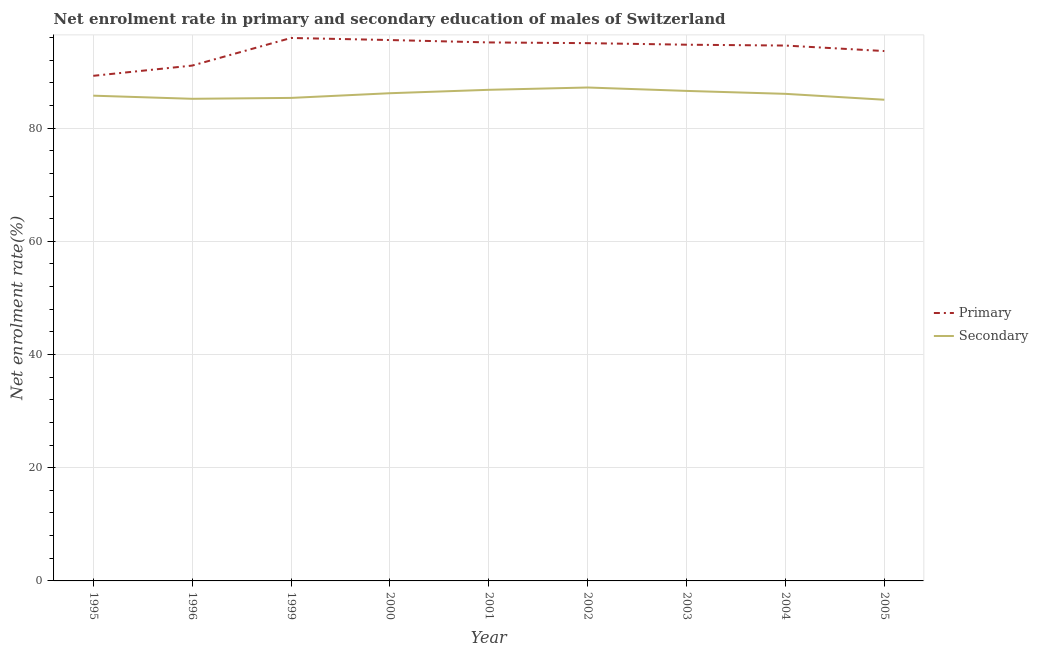
| Year | Primary | Secondary |
 | --- | --- | --- |
 | 1995 | 89.2 | 85.7 |
 | 1996 | 91 | 85.2 |
 | 1999 | 95.9 | 85.3 |
 | 2000 | 95.6 | 86.2 |
 | 2001 | 95.1 | 86.8 |
 | 2002 | 95 | 87.2 |
 | 2003 | 94.7 | 86.6 |
 | 2004 | 94.6 | 86 |
 | 2005 | 93.6 | 85 |